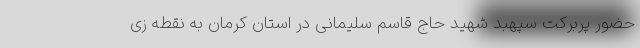
حضور پربرکت سپهبد شهید حاج قاسم سلیمانی در استان کرمان به نقطه زی